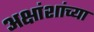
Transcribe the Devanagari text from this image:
अक्षांशांच्या